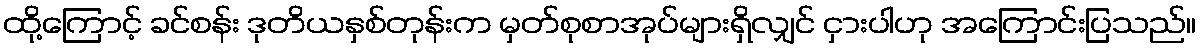
ထို့ကြောင့် ခင်စန်း ဒုတိယနှစ်တုန်းက မှတ်စုစာအုပ်များရှိလျှင် ငှားပါဟု အကြောင်းပြသည်။